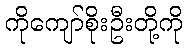
ကိုကျော်စိုးဦးတို့ကို